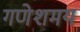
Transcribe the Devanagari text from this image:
गणेशमय